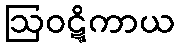
ဩဝဋ္ဋိကာယ